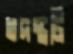
তদন্তটি